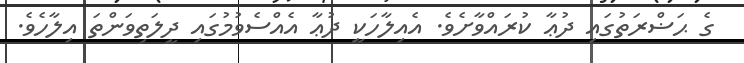
ގެ ޙަޟްރަތުގައި ދުޢާ ކުރައްވާށެވެ. އެއިލާހަކީ ދުޢާ އެއްސެވުމުގައި ދީލަތިވަންތަ އިލާހެވެ.